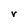
Character: r